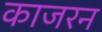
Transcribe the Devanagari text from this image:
काजरन